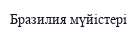
Бразилия мүйістері